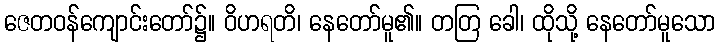
ဇေတဝန်ကျောင်းတော်၌။ ဝိဟရတိ၊ နေတော်မူ၏။ တတြ ခေါ၊ ထိုသို့ နေတော်မူသော